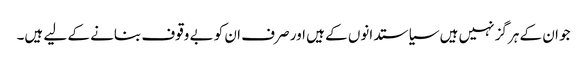
جو ان کے ہرگز نہیں ہیں سیاستدانوں کے ہیں اور صرف ان کو بے وقوف بنانے کے لیے ہیں۔